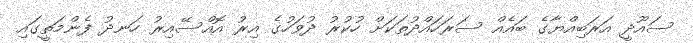
ސައޫދީ އަރަބިއްޔާގެ ބައެއް ސަރަހައްދުތަކަށް ހުކުރު ދުވަހުގެ އިރު އޮއްސޭއިރު ހަނދު ފެންމަތީގައި